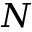
N